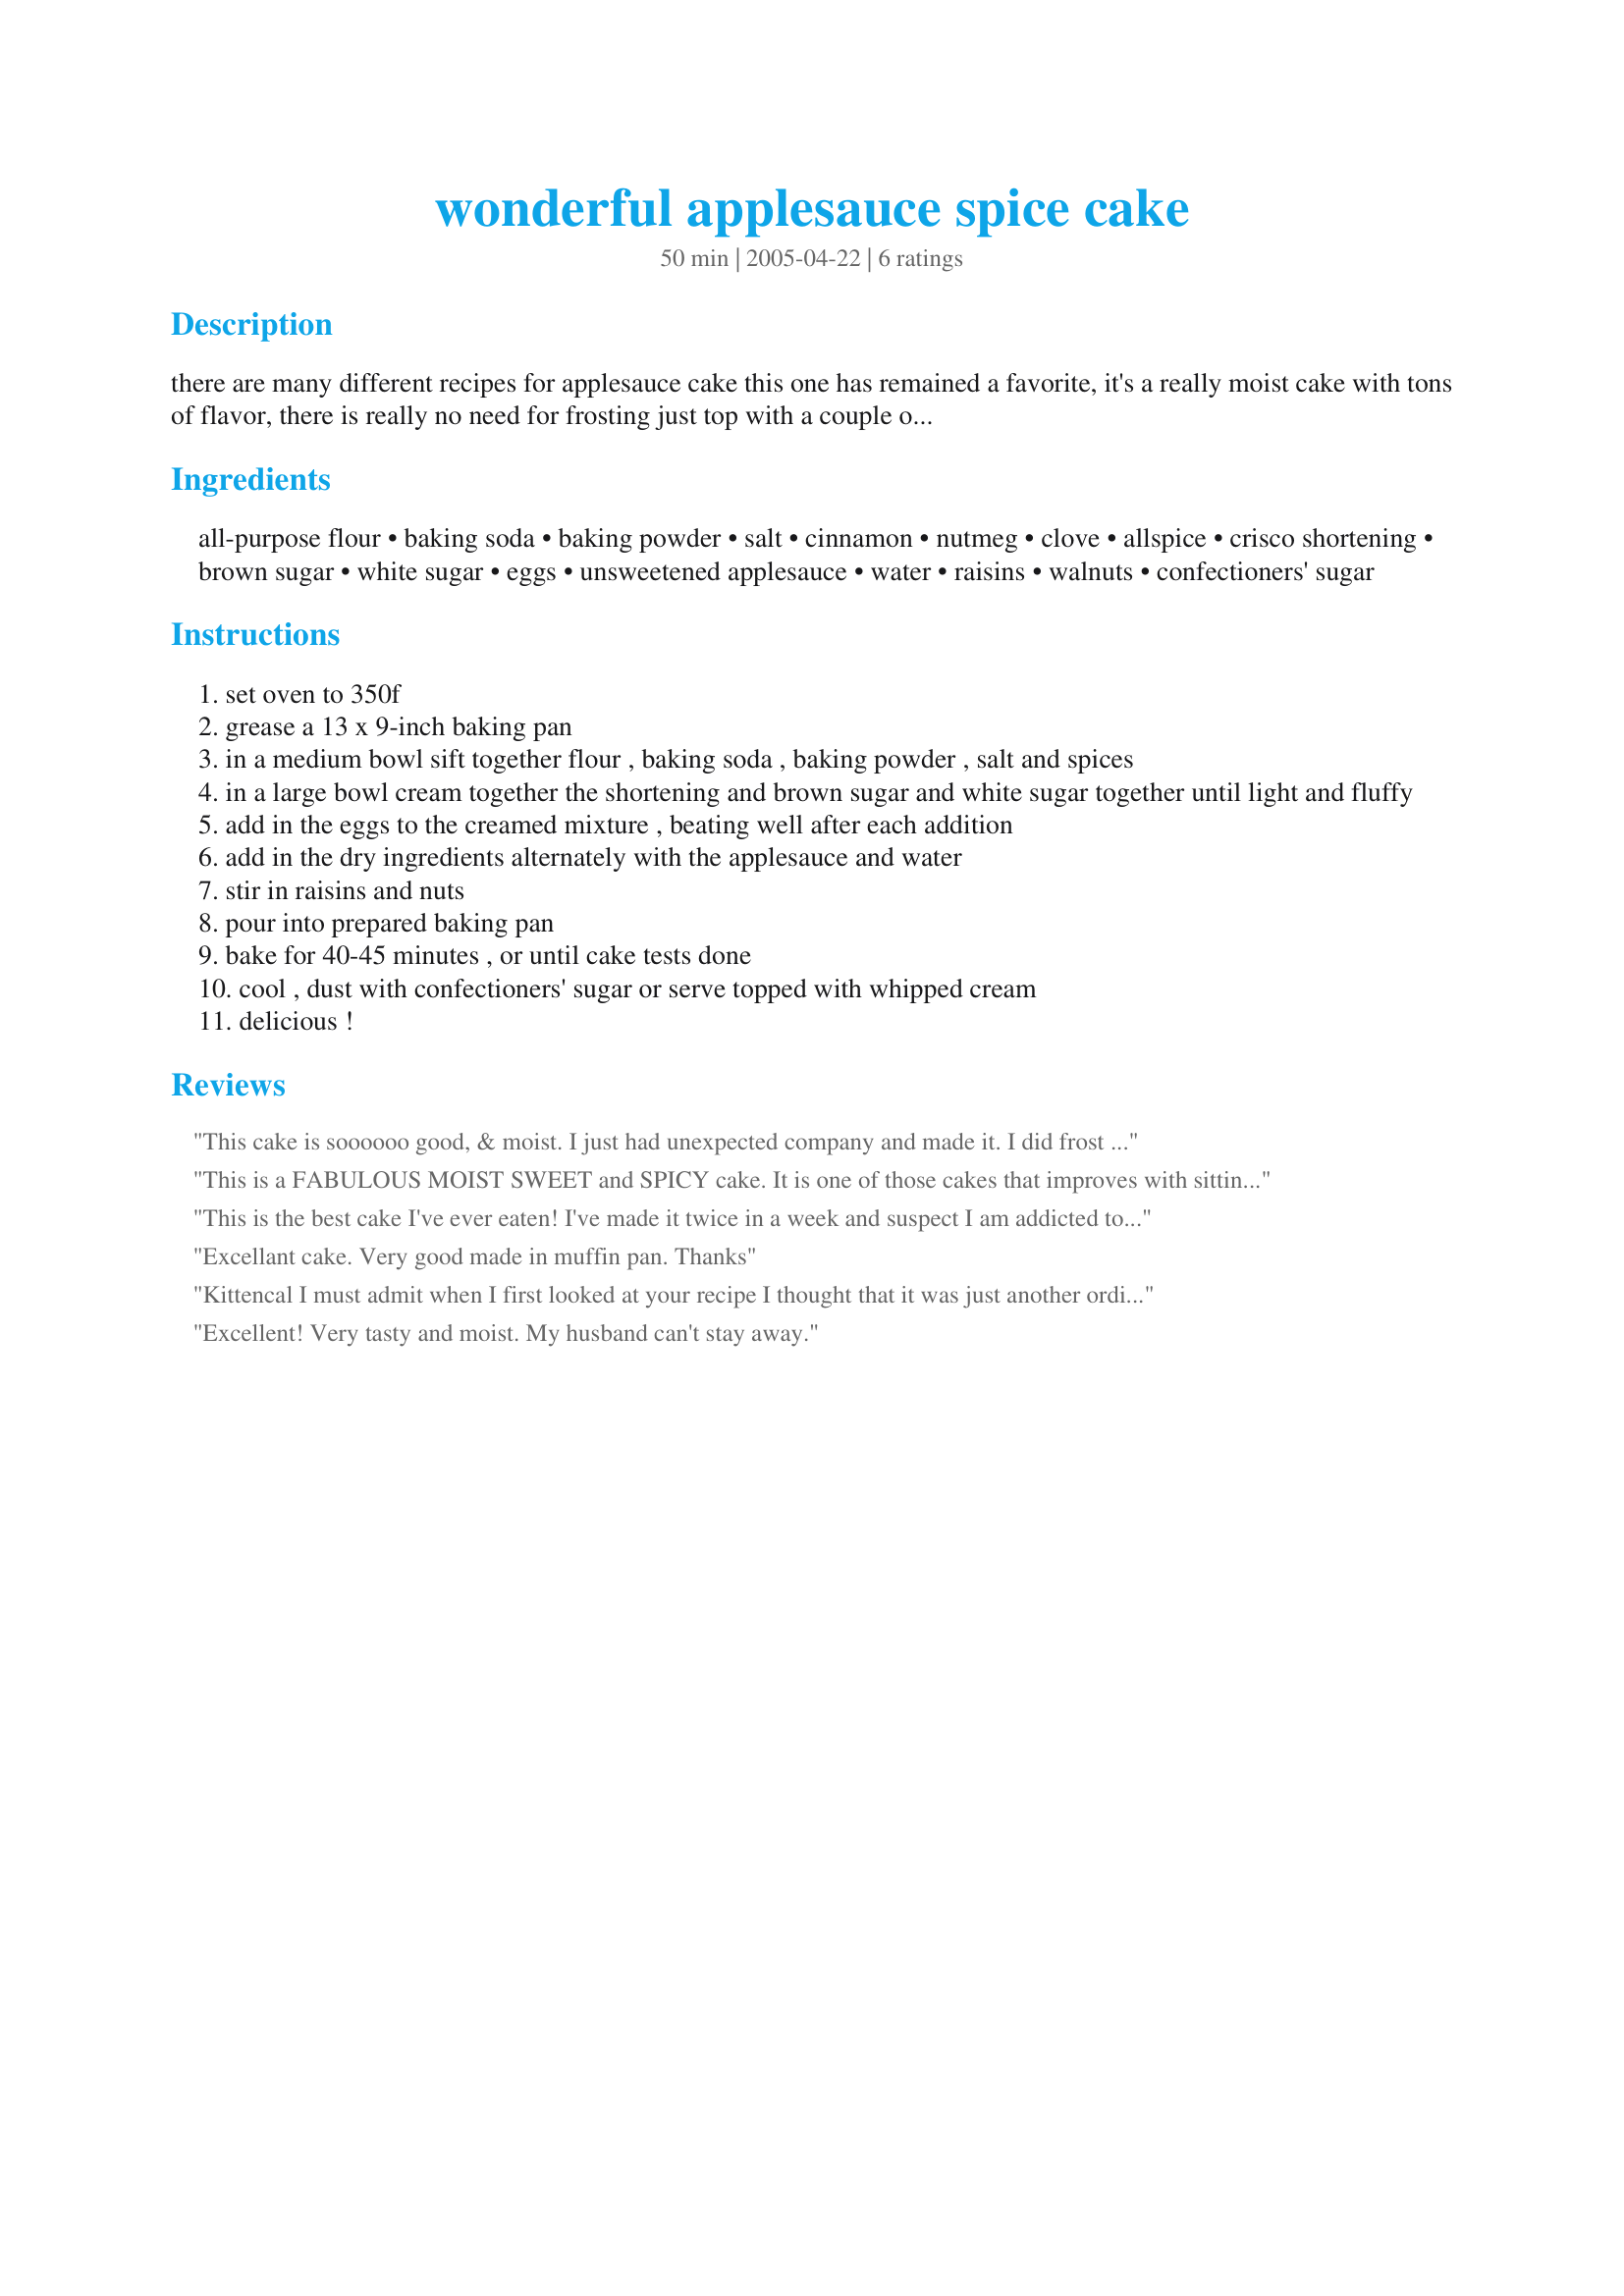
wonderful applesauce spice cake
Preparation time: 50 minutes

there are many different recipes for applesauce cake this one has remained a favorite, it's a really moist cake with tons of flavor, there is really no need for frosting just top with a couple of tablespoons of whipped cream or cool whip topping --- if you are using sweetened applesauce i suggest to maybe cut down the sugar slightly unless you prefer a sweeter cake --- i think you will really enjoy this cake!

Ingredients:
all-purpose flour, baking soda, baking powder, salt, cinnamon, nutmeg, clove, allspice, crisco shortening, brown sugar, white sugar, eggs, unsweetened applesauce, water, raisins, walnuts, confectioners' sugar

Steps:
set oven to 350f
grease a 13 x 9-inch baking pan
in a medium bowl sift together flour , baking soda , baking powder , salt and spices
in a large bowl cream together the shortening and brown sugar and white sugar together until light and fluffy
add in the eggs to the creamed mixture , beating well after each addition
add in the dry ingredients alternately with the applesauce and water
stir in raisins and nuts
pour into prepared baking pan
bake for 40-45 minutes , or until cake tests done
cool , dust with confectioners' sugar or serve topped with whipped cream
delicious !

Reviews:
This cake is soooooo good, & moist. I just had unexpected company and made it. I did frost it with the maple 5 min. frosting, but kind-of wish I hadn't. The cake is so good, next time I will not frost it. Thanks Kittencal, You always make me look good. LOL
This is a FABULOUS MOIST SWEET and SPICY cake. It is one of those cakes that improves with sitting. I used real butter instead of shortening but kept everything else the same. It was great with whipped cream but doesn't really need anything. I can imagine it with chopped apples in it. YUM! Made for Zaar Tag.
This is the best cake I've ever eaten! I've made it twice in a week and suspect I am addicted to it. I thought chocolate cake was my favorite, but not anymore. Thanks so much for this recipe:)
Excellant cake. Very good made in muffin pan. Thanks
Kittencal I must admit when I first looked at your recipe I thought that it was just another ordinary old applesauce cake!!! Anyway, because of your reputation I decided to make it and I do apologize for my doubts. It was wonderful. The only change I made was to cut back on the sugar by 1/4 cup, but that is a taste preference. Also I used 1/2 butter and 1/2 shortening because I know that makes it a lighter cake. Topped it with lemon cream cheese icing and we ate half of it in one evening. Thanks again.
Excellent! Very tasty and moist. My husband can't stay away.
